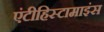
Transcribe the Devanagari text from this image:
एंटीहिस्टामाइंस